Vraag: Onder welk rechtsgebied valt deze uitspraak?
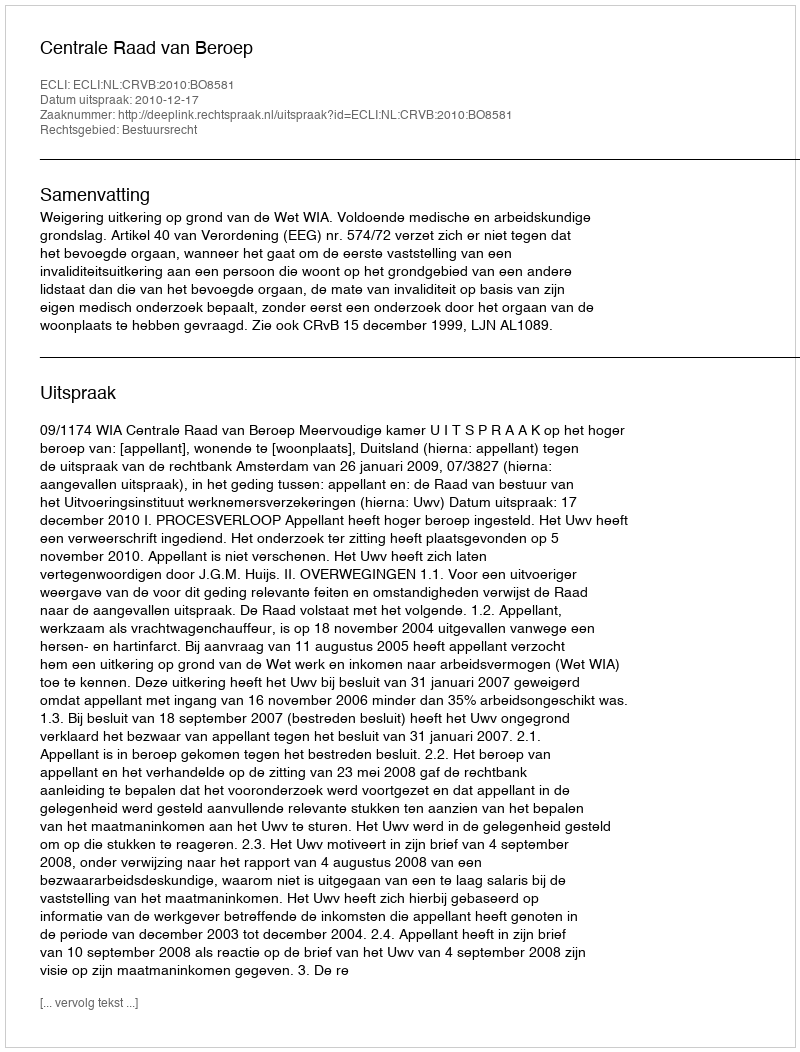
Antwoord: Bestuursrecht